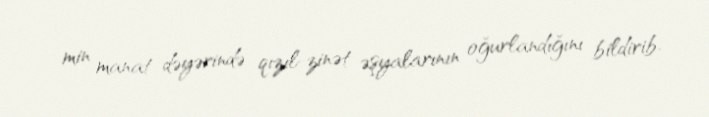
min manat dəyərində qızıl-zinət əşyalarının oğurlandığını bildirib.